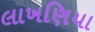
લાખણિયા